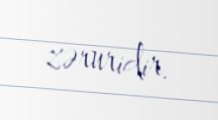
zəruridir.